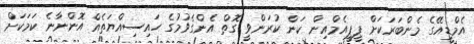
އެމްޑީއޭގެ މެންބަރަކަށް ޕީޕީއެމްއިން ކަން ކުރަންވީ ގޮތް އެންގެވުމުގެ ހައިސިއްޔަތެއް އޮންނާނެ ކަމަކަށް